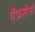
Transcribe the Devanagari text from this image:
ऍफ़सीसी